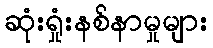
ဆုံးရှုံးနစ်နာမှုများ